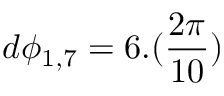
d \phi _ { 1 , 7 } = 6 . ( \frac { 2 \pi } { 1 0 } )